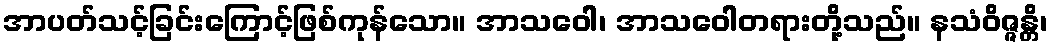
အာပတ်သင့်ခြင်းကြောင့်ဖြစ်ကုန်သော။ အာသဝေါ၊ အာသဝေါတရားတို့သည်။ နသံဝိဇ္ဇန္တိ၊